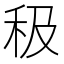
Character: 𥝥